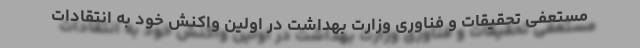
مستعفی تحقیقات و فناوری وزارت بهداشت در اولین واکنش خود به انتقادات